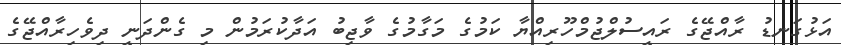
އަޅުގަނޑު ރާއްޖޭގެ ރައީސުލްޖުމްހޫރިއްޔާ ކަމުގެ މަގާމުގެ ވާޖިބު އަދާކުރަމުން މި ގެންދަނީ ދިވެހިރާއްޖޭގެ